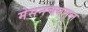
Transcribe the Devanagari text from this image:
मेसनचयमूल